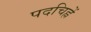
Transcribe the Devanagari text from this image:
पदचिह्नें